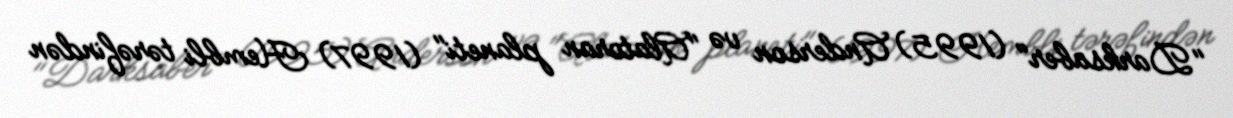
"Darksaber" (1995) Anderson və "Alatoran planeti" (1997) Hembli tərəfindən